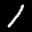
Label: 1